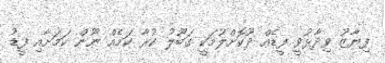
ފިޔާޒު ވިދާޅުވީ ފީޑެއް ދޫކޮށްލުމަކީ ގަބޫލު ކުރާ ކަމެއް ނޫން ކަމަށާއި ފީޑު